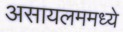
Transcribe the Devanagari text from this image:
असायलममध्ये